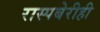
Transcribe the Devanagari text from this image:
रास्पबेरीही